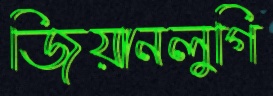
জিয়ানলুগি